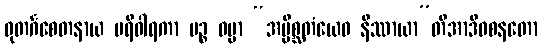
ဓုတင်္ဂစေတနာယ ပရိဝါရကာ ပဉ္စ ဓမ္မာ “အပ္ပိစ္ဆတံယေဝ နိဿာယာ”တိအာဒိဝစနတော